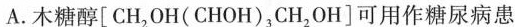
A.木糖醇[CH_{2}OH(CHOH)_{3}CH_{2}OH]可用作糖尿病患